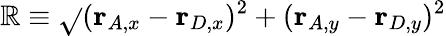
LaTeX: \mathbb{R}\equiv\sqrt{}{{(\mathbf{{r}}_{A,x}-\mathbf{{r}}_{D,x})^{2}+(\mathbf{{r}}_{A,y}-\mathbf{{r}}_{D,y})^{2}}}